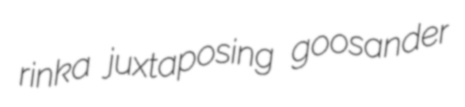
rinka juxtaposing goosander